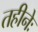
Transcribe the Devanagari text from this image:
तहीनेः